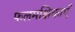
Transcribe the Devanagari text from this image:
फलमक्षिकाएँ